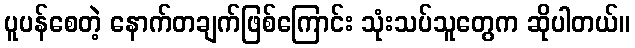
ပူပန်စေတဲ့ နောက်တချက်ဖြစ်ကြောင်း သုံးသပ်သူတွေက ဆိုပါတယ်။